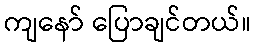
ကျနော် ပြောချင်တယ်။